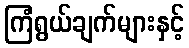
ကြံရွယ်ချက်များနှင့်